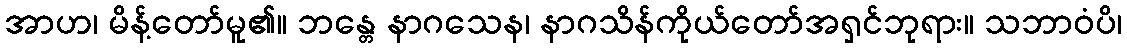
အာဟ၊ မိန့်တော်မူ၏။ ဘန္တေ နာဂသေန၊ နာဂသိန်ကိုယ်တော်အရှင်ဘုရား။ သဘာဝံပိ၊